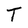
Character: T